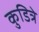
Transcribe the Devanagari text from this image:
कुडित्रे